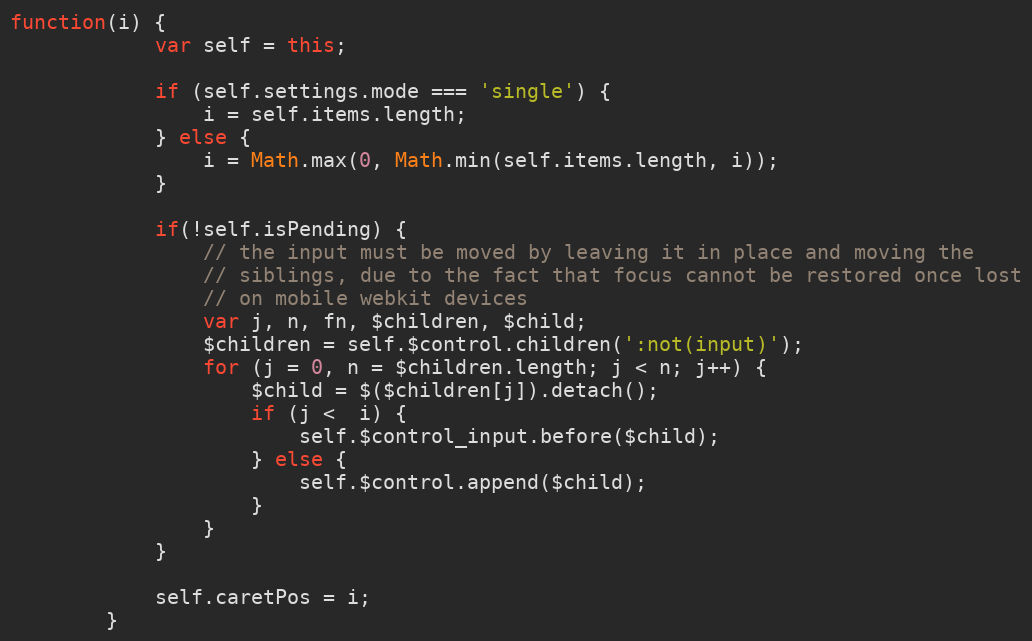
Language: JavaScript
function(i) {
			var self = this;

			if (self.settings.mode === 'single') {
				i = self.items.length;
			} else {
				i = Math.max(0, Math.min(self.items.length, i));
			}

			if(!self.isPending) {
				// the input must be moved by leaving it in place and moving the
				// siblings, due to the fact that focus cannot be restored once lost
				// on mobile webkit devices
				var j, n, fn, $children, $child;
				$children = self.$control.children(':not(input)');
				for (j = 0, n = $children.length; j < n; j++) {
					$child = $($children[j]).detach();
					if (j <  i) {
						self.$control_input.before($child);
					} else {
						self.$control.append($child);
					}
				}
			}

			self.caretPos = i;
		}